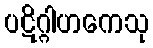
ပဋိဂ္ဂါဟကေသု